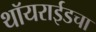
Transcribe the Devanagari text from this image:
थॉयराईडचा